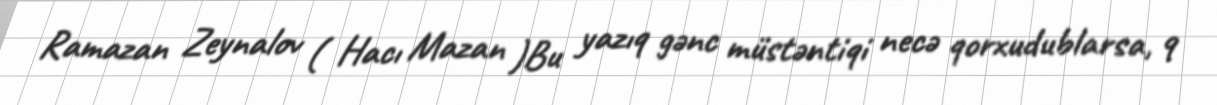
Ramazan Zeynalov ( Hacı Mazan )Bu yazıq gənc müstəntiqi necə qorxudublarsa, 9